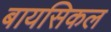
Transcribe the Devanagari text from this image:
बायसिकल